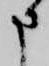
申